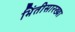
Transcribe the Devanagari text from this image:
भिंतीसारख्या